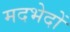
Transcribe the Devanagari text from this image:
मदभेदों